Problem: 7 × 3 = ?
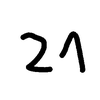
Handwritten answer: 21